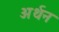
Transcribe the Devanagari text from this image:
अर्थन